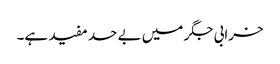
خرابی جگر میں بے حد مفید ہے۔